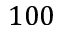
1 0 0